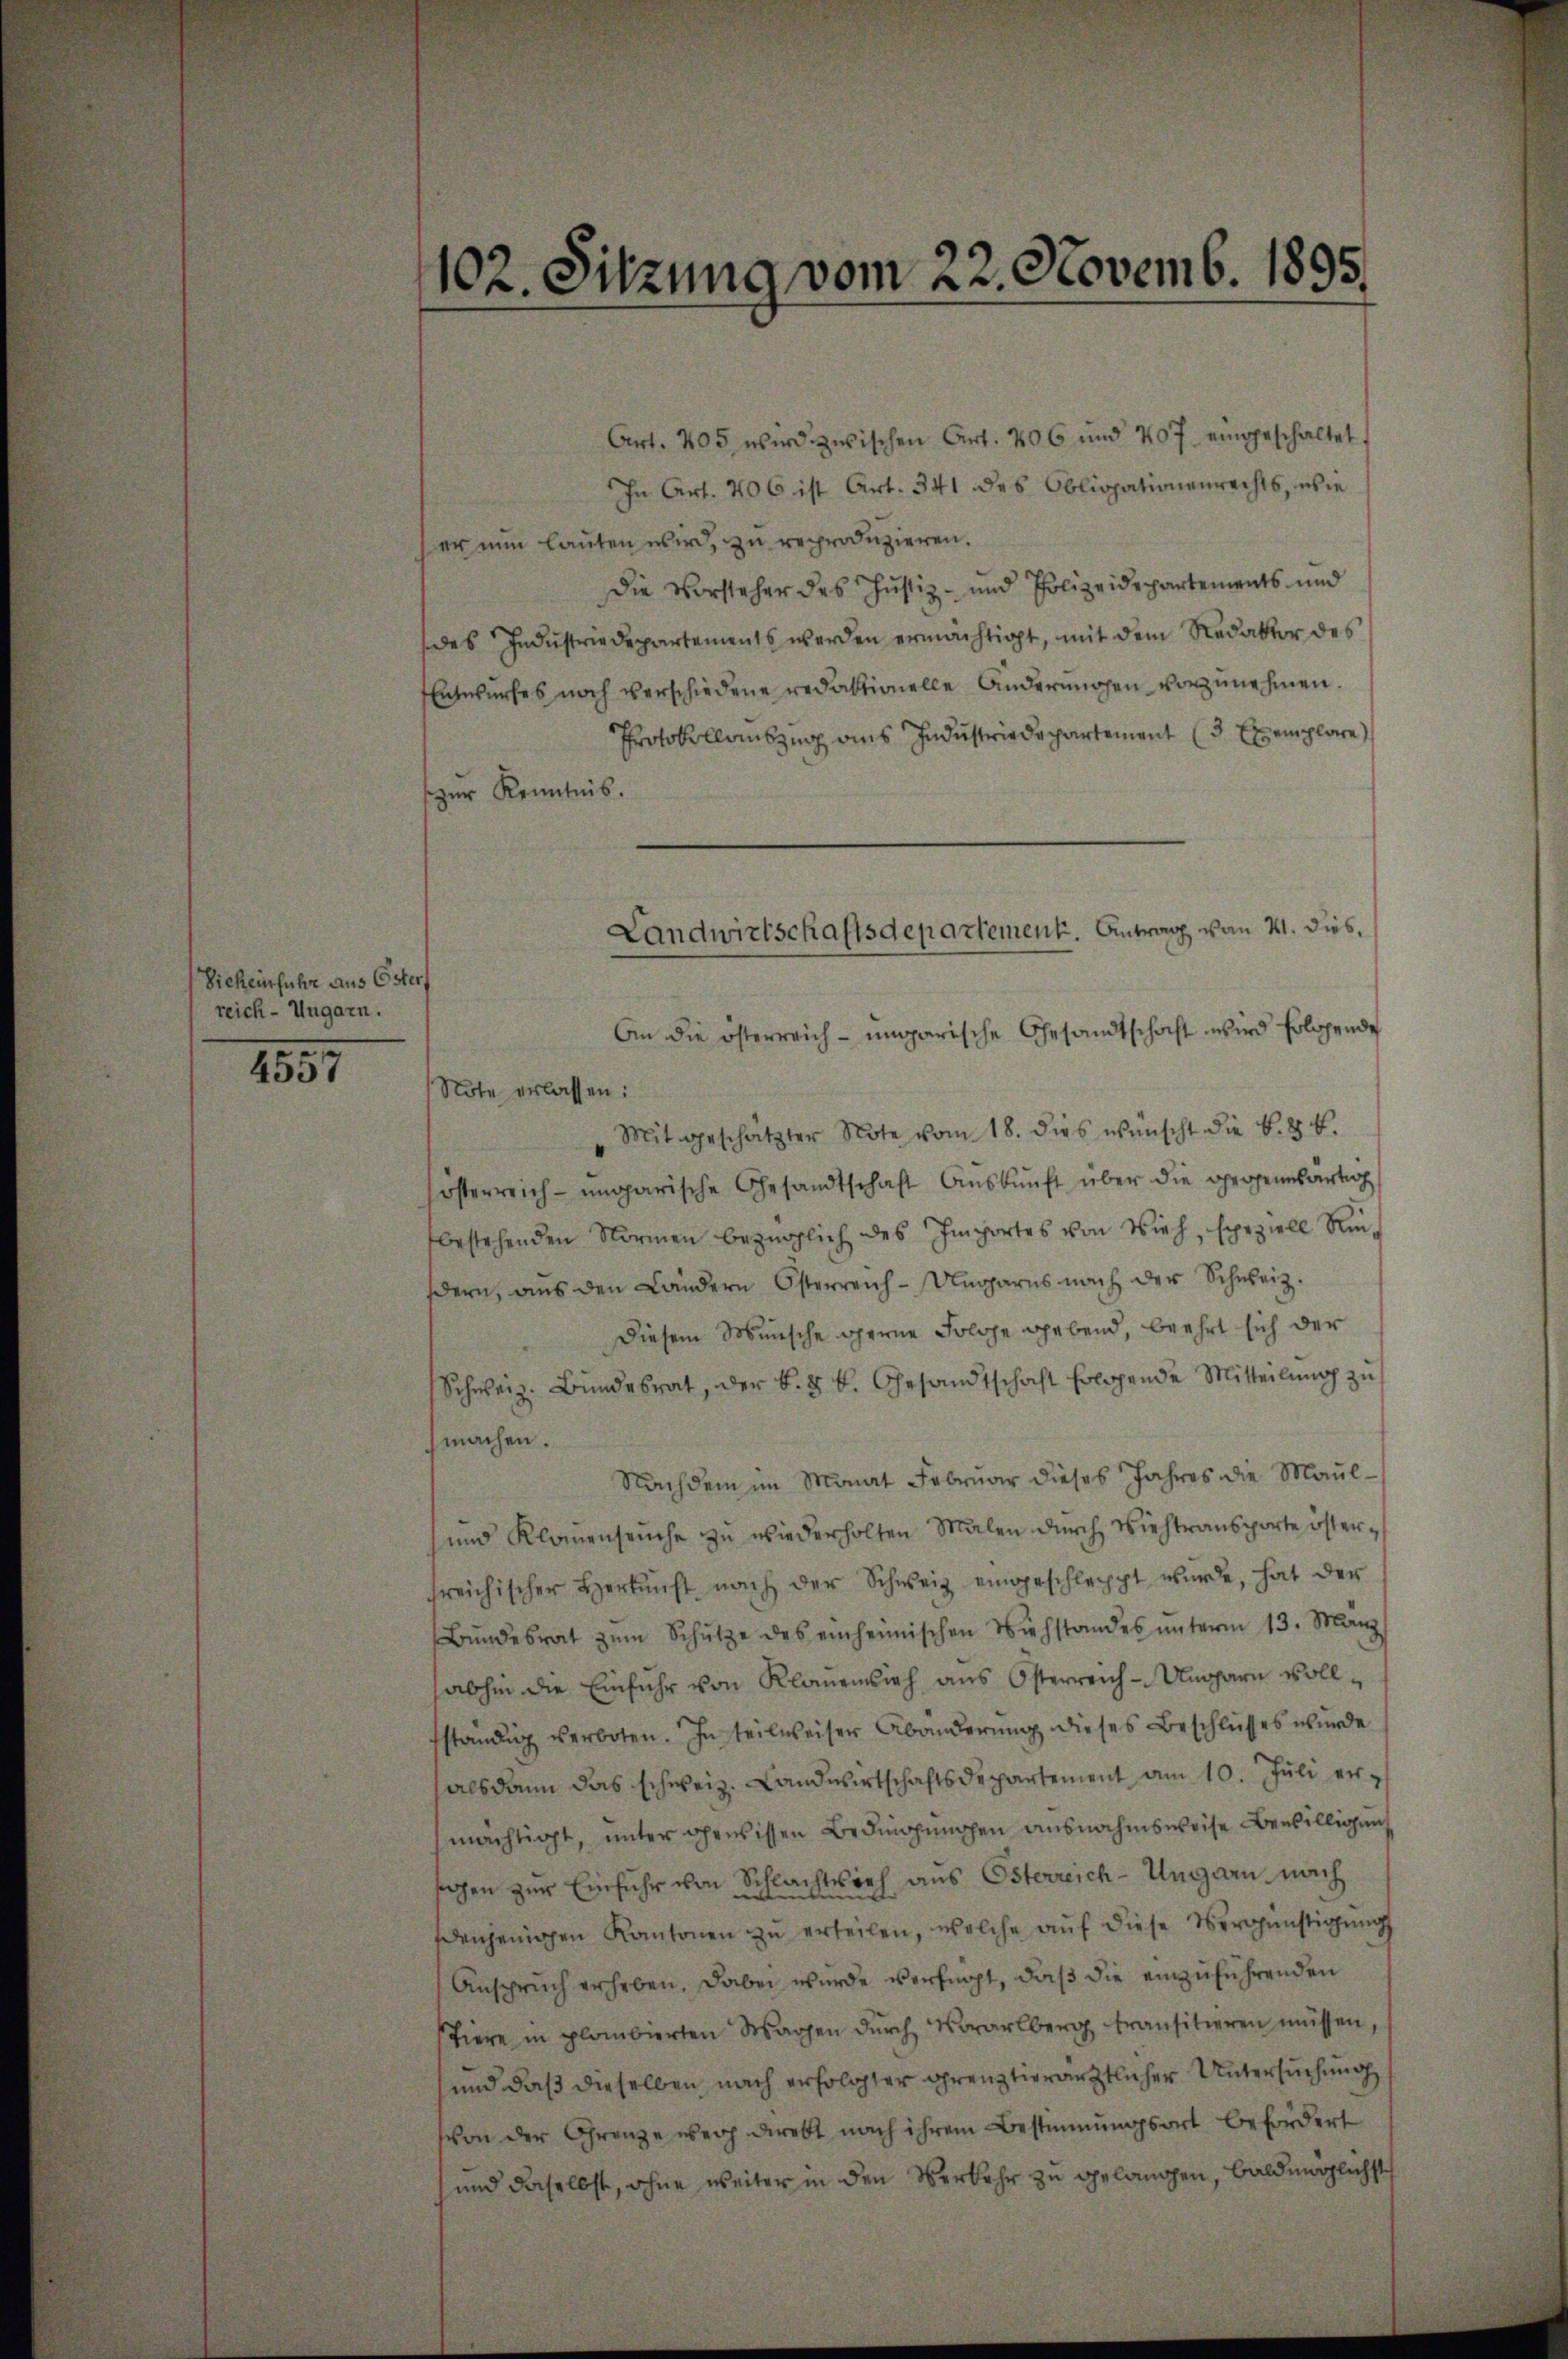
Sicheinführe aus Ester
reich-Ungarn.

4557

102. Sitzung vom 22. Novemb. 1895.

Art. 405 wird zwischen Art. 406 und 407 eingeschaltet
In Art. 406 ist Art. 341 des Obligationenrechts, wie
er nun lauten wird, zu reproduzieren.
Die Vorsteher des Justiz- und Polizeidepartements und
des Industriedepartements werden ermächtigt, mit dem Redaktor des
Entwurfes noch verschiedene redaktionelle anderungen vorzunehmen.
Protokollauszug aus Industriedepartement (3 Exemplare
zur Kenntnis.
An die österreich-ungarische Gesandtschaft wird folgende
Note erlassen:
Mit geschätzter Note vom 18. dies wünscht die B. § 4.
österreich-ungarische Gesandtschaft Aŭskŭnft über die gegenwärtig
bestehenden Normen bezüglich des Importes von Vieh, speziell Rin
dern, aus den Ländern Österreich-Ungarns nach der Schweiz.
Diesem Wunsche gerne Folge gebend, beehrt sich der
Schweiz. Bundesrat, der k. k. k. Gesandtschaft folgende Mitteilung zu
machen.
Nachdem im Monat Februar dieses Jahres die Maul¬
und Klauenseuche zŭ wiederholten Malen durch Viehtransporte österfreichischer Herkunft nach der Schweiz eingeschleppt wurde, hat der
Bŭndesrat zŭm Schŭtze des einheimischen Viehstandes ŭnterm 13. Manz
abhin die Einführ von Klauenvieh ans Österreich-Unparn vollständig verboten. In teilweiser Abänderung dieses Beschlusses wurde
alsdann das schweiz. Landwirtschaftsdepartement am 10. Jŭli ermächtigt, unter gewissen Bedingungen ausnahmsweise Bewilligung
schen zur Einfuhr von Schlachtlich aus Osterreich-Ungarn nach
denjenigen Kantonen zu erteilen, welche auf diese Vergünstigung
Anspruch erheben. Dabei wurde verfügt, daß die einzuführenden
stiere in plombierten Wagen dŭrch Vorarlberg transitieren müssen,
und daß dieselben nach erfolgter grenztierärztlicher Untersuchung
Von der Grenze weg direkt nach ihrem Bestimmungsort befördert
und daselbst, ohne weiter in den Verkehr zu gelangen, baldmöglichst

Landwirtschaftsdepartement. Antrag von 21. dies,